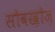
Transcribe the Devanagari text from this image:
सोवख़ोज़